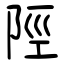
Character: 陘